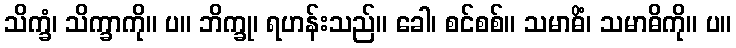
သိက္ခံ၊ သိက္ခာကို။ ပ။ ဘိက္ခု၊ ရဟန်းသည်။ ခေါ၊ စင်စစ်။ သမာဓိံ၊ သမာဓိကို။ ပ။